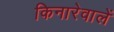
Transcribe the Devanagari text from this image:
किनारेवालें